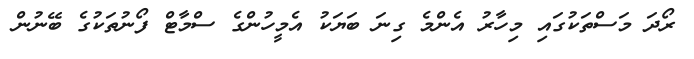
ރޯދަ މަސްތަކުގައި މިހާރު އެންމެ ގިނަ ބަޔަކު އެމީހުންގެ ސްމާޓް ފޯނުތަކުގެ ބޭނުން